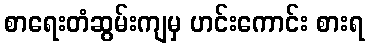
စာရေးတံဆွမ်းကျမှ ဟင်းကောင်း စားရ